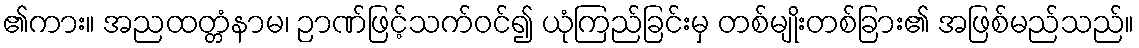
၏ကား။ အညထတ္တံနာမ၊ ဉာဏ်ဖြင့်သက်ဝင်၍ ယုံကြည်ခြင်းမှ တစ်မျိုးတစ်ခြား၏ အဖြစ်မည်သည်။